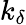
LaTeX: k_{\delta}